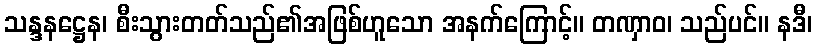
သန္ဒနဋ္ဌေန၊ စီးသွားတတ်သည်၏အဖြစ်ဟူသော အနက်ကြောင့်။ တဏှာဝ၊ သည်ပင်။ နဒီ၊